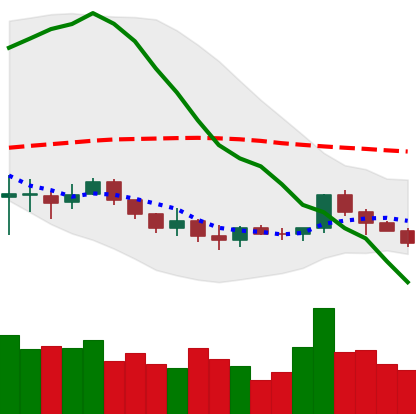
Ticker: LINK-USD
Chart end date: 2019-12-14
Forward return: -9.459%
Label: down_7plus